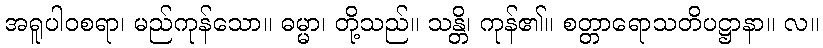
အရူပါဝစရာ၊ မည်ကုန်သော။ ဓမ္မာ၊ တို့သည်။ သန္တိ၊ ကုန်၏။ စတ္တာရောသတိပဋ္ဌာနာ။ လ။